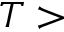
T >